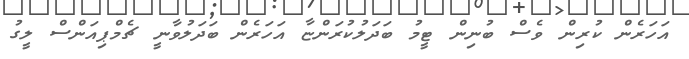
އަހަރެން ކުރިން ވެސް ބުނިން ޓީމު ބަދަލުކުރަންޏާ އަހަރެން ބަދަލުވާނީ ޗެމްޕިއަންސް ލީގު